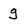
Character: g